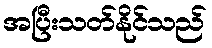
အပြီးသတ်နိုင်သည်